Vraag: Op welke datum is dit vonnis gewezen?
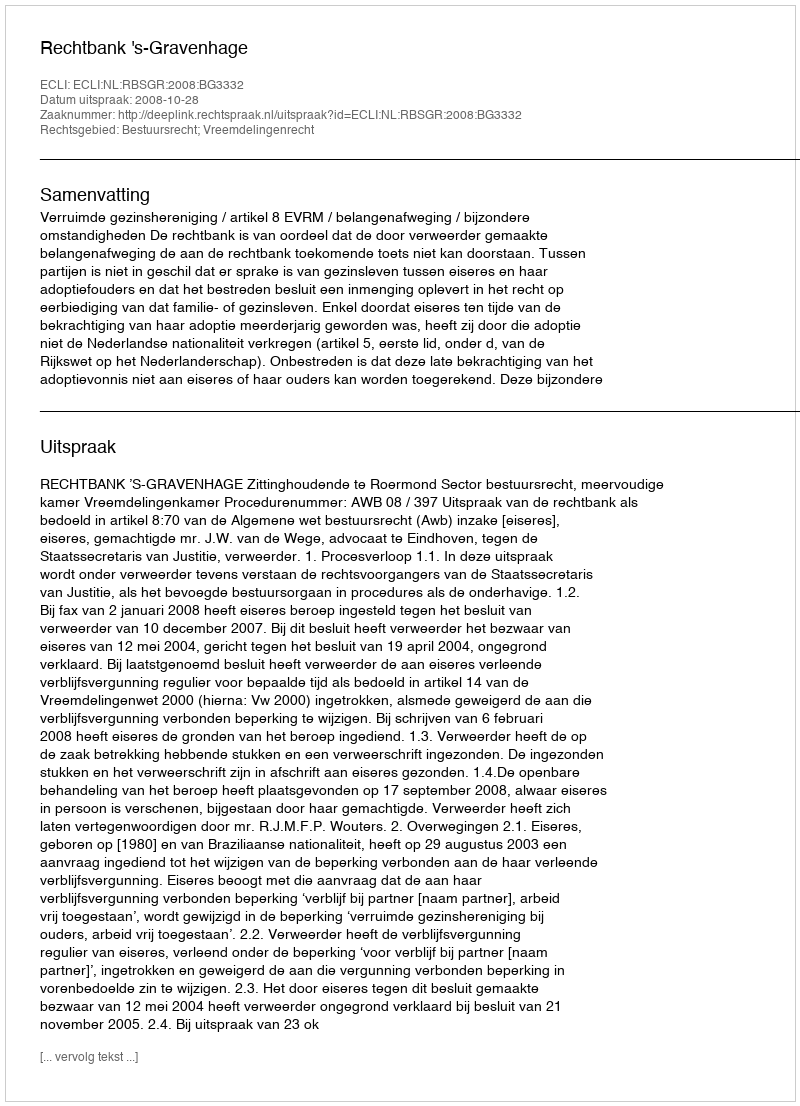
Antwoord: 2008-10-28